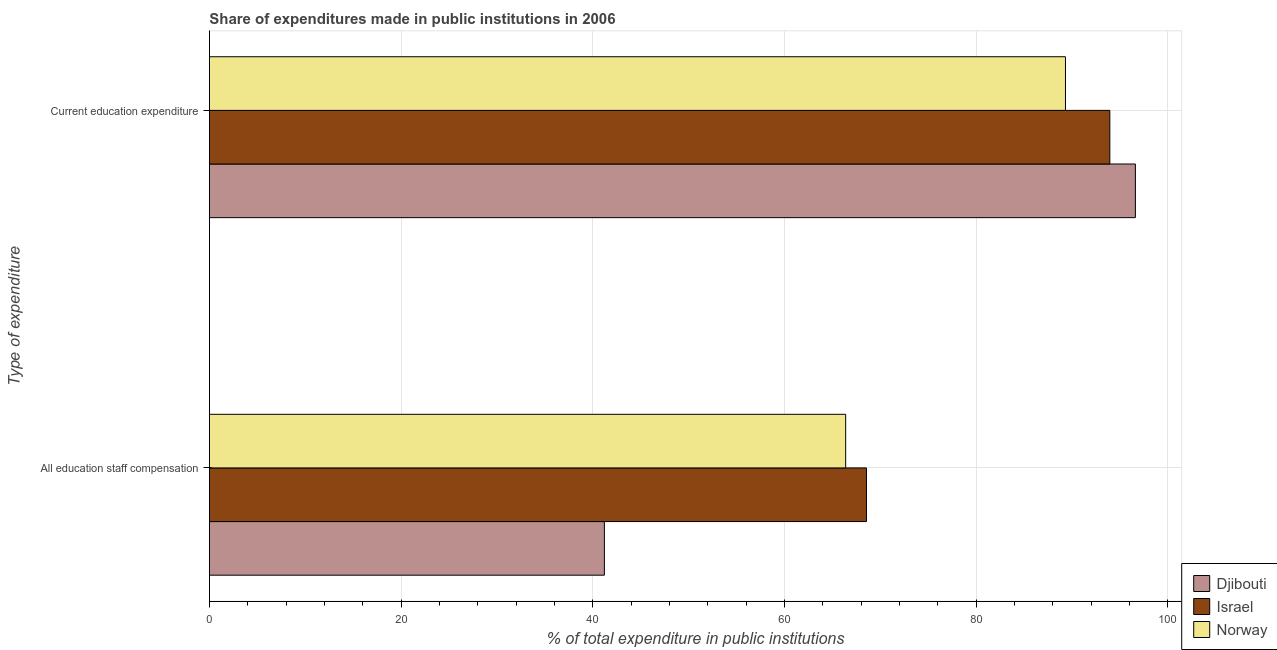
| Type of expenditure | Djibouti | Israel | Norway |
 | --- | --- | --- | --- |
 | All education staff compensation | 41.2 | 68.6 | 66.4 |
 | Current education expenditure | 96.6 | 94 | 89.3 |